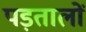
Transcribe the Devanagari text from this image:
पड़तालों